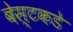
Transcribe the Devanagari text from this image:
बेस्टकडे